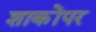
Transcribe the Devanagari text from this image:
शाकोंपर